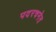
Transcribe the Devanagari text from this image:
पदरचनेत